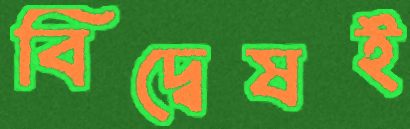
বিদ্বেষই